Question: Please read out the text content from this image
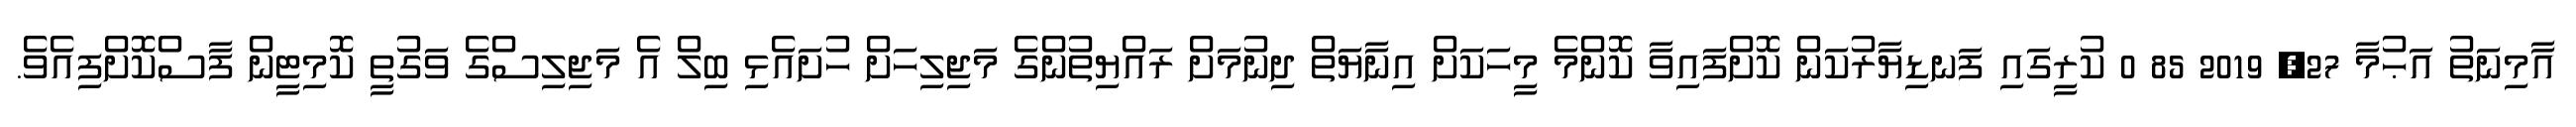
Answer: އާމިނަތު އަޙުމާ 27, 2019 85 0 ކުރީގައި ފަނޑިޔާރުކަން ކޮށްފައިވާ ކޮންމެ މީހަކަށް އިނާޔަތް ދިނުމަށް ރައްޔިތުންގެ މަޖިލިހަށް ހުށައެޅި ބިލް އެ މަޖިލިސްގެ ވަގުތީ ކޮމިޓީން ފާސްކޮށްފިއެވެ.